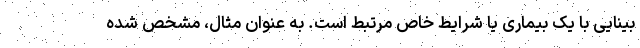
بینایی با یک بیماری یا شرایط خاص مرتبط است. به عنوان مثال، مشخص شده